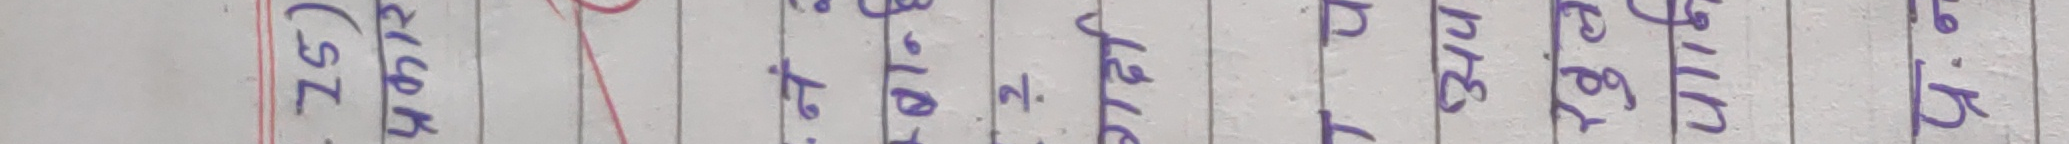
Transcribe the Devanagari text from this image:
4.9. एगर यती नै होइन